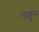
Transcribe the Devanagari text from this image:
लशुन